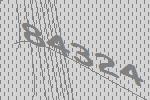
84324